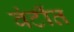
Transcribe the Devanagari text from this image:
वंटींत